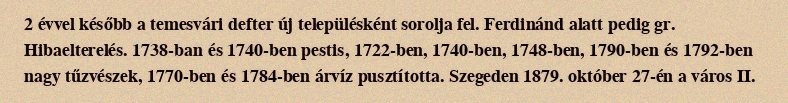
2 évvel később a temesvári defter új településként sorolja fel. Ferdinánd alatt pedig gr. Hibaelterelés. 1738-ban és 1740-ben pestis, 1722-ben, 1740-ben, 1748-ben, 1790-ben és 1792-ben nagy tűzvészek, 1770-ben és 1784-ben árvíz pusztította. Szegeden 1879. október 27-én a város II.